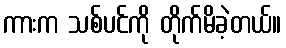
ကားက သစ်ပင်ကို တိုက်မိခဲ့တယ်။